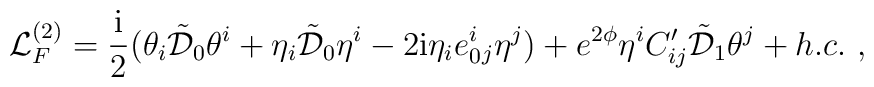
{\cal L}^{(2)}_{F}=\frac{{\rm i}}{2}(\theta_i \tilde{{\cal D}}_0\theta^i + \eta_i \tilde{{\cal D}}_0 \eta^i-2{\rm i}\eta_i e_0^i{}_j\eta^j)+ e^{2\phi}\eta^i C_{ij}^\prime \tilde{{\cal D}}_1\theta^j +h.c.\ ,